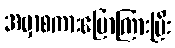
အမှာစကားပြောကြားပြီး